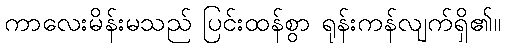
ကာလေးမိန်းမသည် ပြင်းထန်စွာ ရုန်းကန်လျက်ရှိ၏။